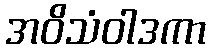
အဝိသံဝါဒကာ